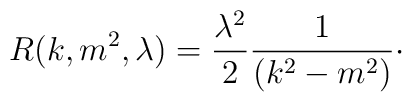
R(k,m^{2},\lambda )=\frac{\lambda ^{2}}{2}\frac{1}{(k^{2}-m^{2})}\cdot